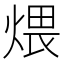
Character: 煨